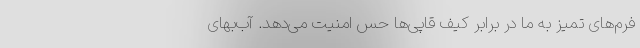
فرم‌های تمیز به ما در برابر کیف قاپی‌ها حس امنیت می‌دهد. آب‌بهای